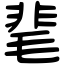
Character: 靟